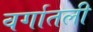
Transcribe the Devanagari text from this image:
वर्गातली